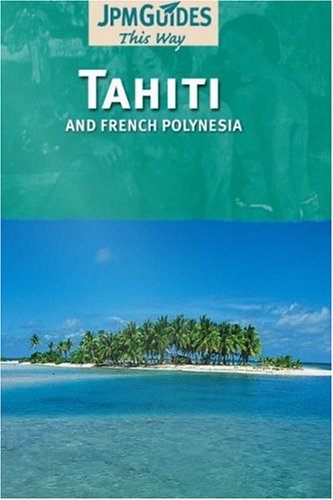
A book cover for This Way Tahiti & French Polynesia; JPM Publications; Travel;